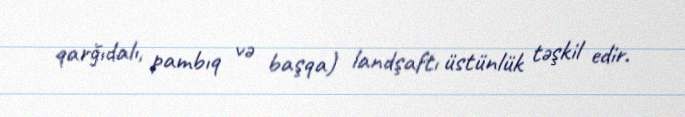
qarğıdalı, pambıq və başqa) landşaftı üstünlük təşkil edir.